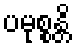
ပမုစ္စန္တိ